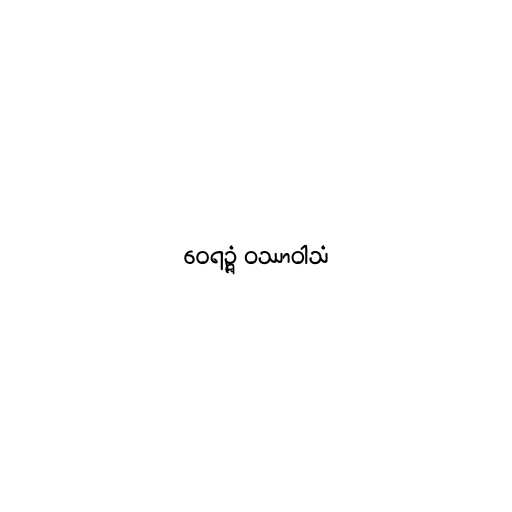
ဝေရဉ္ဇံ ဝဿာဝါသံ